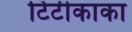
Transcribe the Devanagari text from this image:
टिटीकाका